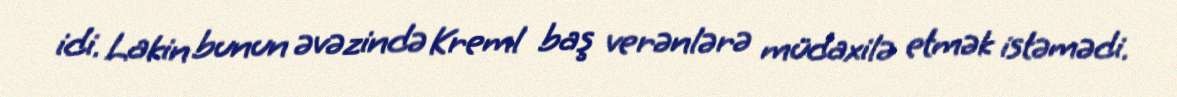
idi. Lakin bunun əvəzində Kreml baş verənlərə müdaxilə etmək istəmədi.